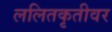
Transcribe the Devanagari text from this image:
ललितकृतीवर